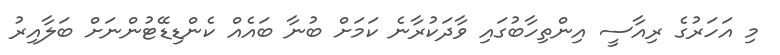
މި އަހަރުގެ ރިއާސީ އިންތިހާބުގައި ވާދަކުރާނެ ކަމަށް ބުނާ ބައެއް ކެންޑިޑޭޓުންނަށް ބަލާއިރު